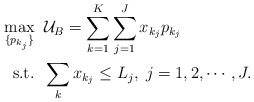
\begin{align*}\max_{\{p_{k_j}\}} &\;\; \mathcal{U}_B=\sum_{k=1}^K \sum_{j=1}^J x_{k_j} p_{k_j} \\\mbox{s.t.} &\;\; \sum_k x_{k_j} \leq L_j, \; j=1, 2, \cdots, J. \end{align*}